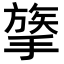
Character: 𢳈